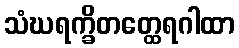
သံဃရက္ခိတတ္ထေရဂါထာ